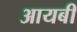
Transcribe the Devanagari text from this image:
आयबी